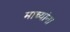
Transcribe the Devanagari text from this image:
माच्यांना